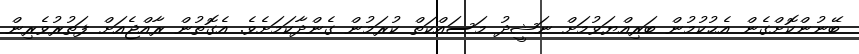
ބޭނުންކޮށްގެން އެޙުކުމުން ބަރިއްޔަވުމަށް ނަޝީދު މަސައްކަތް ކުރަމުން ގެންދާކަމަށެވެ. އެގޮތުން ރާއްޖެއަށް ފަތުރުވެރިން